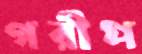
গরীপ